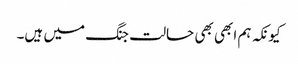
کیونکہ ہم ابھی بھی حالت جنگ میں ہیں۔